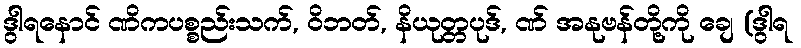
ဒွါရနောင် ဏိကပစ္စည်းသက်, ဝိဘတ်, နိယုတ္တပုဒ်, ဏ် အနုဗန်တို့ကို ချေ (ဒွါရ